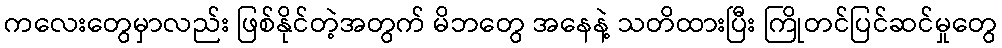
ကလေးတွေမှာလည်း ဖြစ်နိုင်တဲ့အတွက် မိဘတွေ အနေနဲ့ သတိထားပြီး ကြိုတင်ပြင်ဆင်မှုတွေ